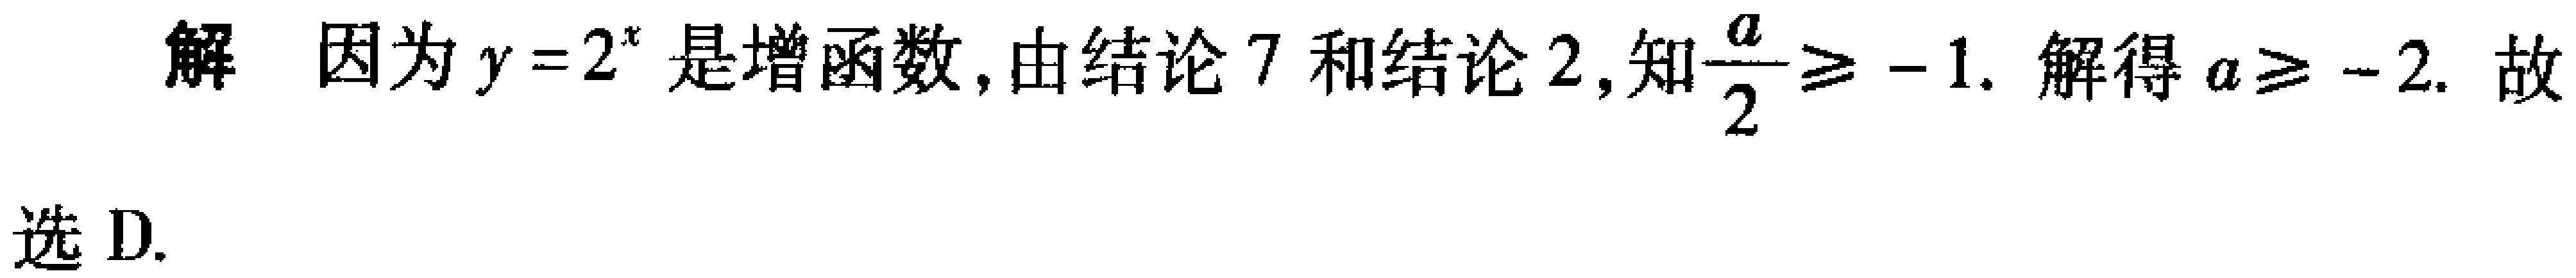
解 因为\(y = 2^{x}\)是增函数, 由结论 7 和结论 2, 知\(\frac{a}{2}\geq - 1\). 解得\(a\geq - 2\). 故选 D.